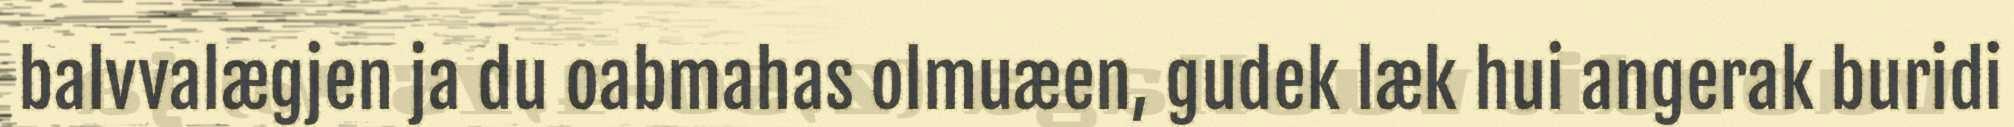
balvvalægjen ja du oabmahas olmuæen, gudek læk hui angerak buridi